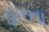
હારના